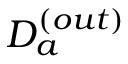
D _ { a } ^ { ( o u t ) }